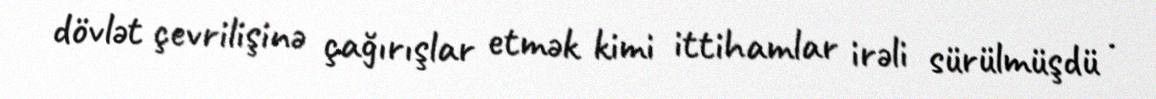
dövlət çevrilişinə çağırışlar etmək kimi ittihamlar irəli sürülmüşdü .